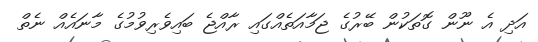
އަދި އެ ނޫން ގޮތަކުން ބޭރުގެ ޖަމާއަތެއްގައި ރާއްޖެ ބައިވެރިވުމުގެ މާނައެއް ނެތް